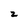
Character: z